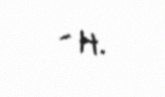
- H.